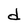
Character: d